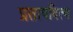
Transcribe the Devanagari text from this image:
प्रतापदित्य